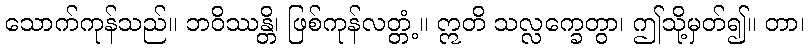
သောက်ကုန်သည်။ ဘဝိဿန္တိ၊ ဖြစ်ကုန်လတ္တံ့။ ဣတိ သလ္လက္ခေတွာ၊ ဤသို့မှတ်၍။ တာ၊